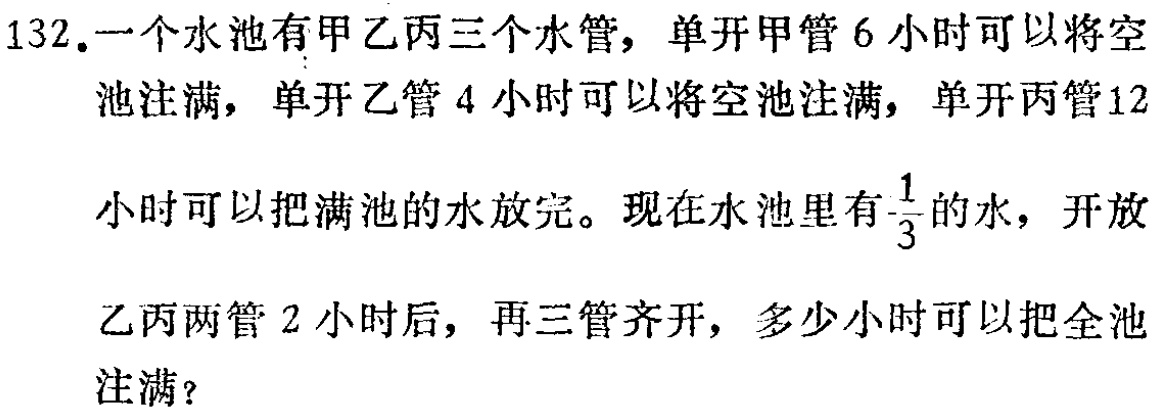
132.一个水池有甲乙丙三个水管，单开甲管6小时可以将空
池注满，单开乙管4小时可以将空池注满，单开丙管12
小时可以把满池的水放完。现在水池里有$\frac{1}{3}$的水，开放
乙丙两管2小时后，再三管齐开，多少小时可以把全池
注满？